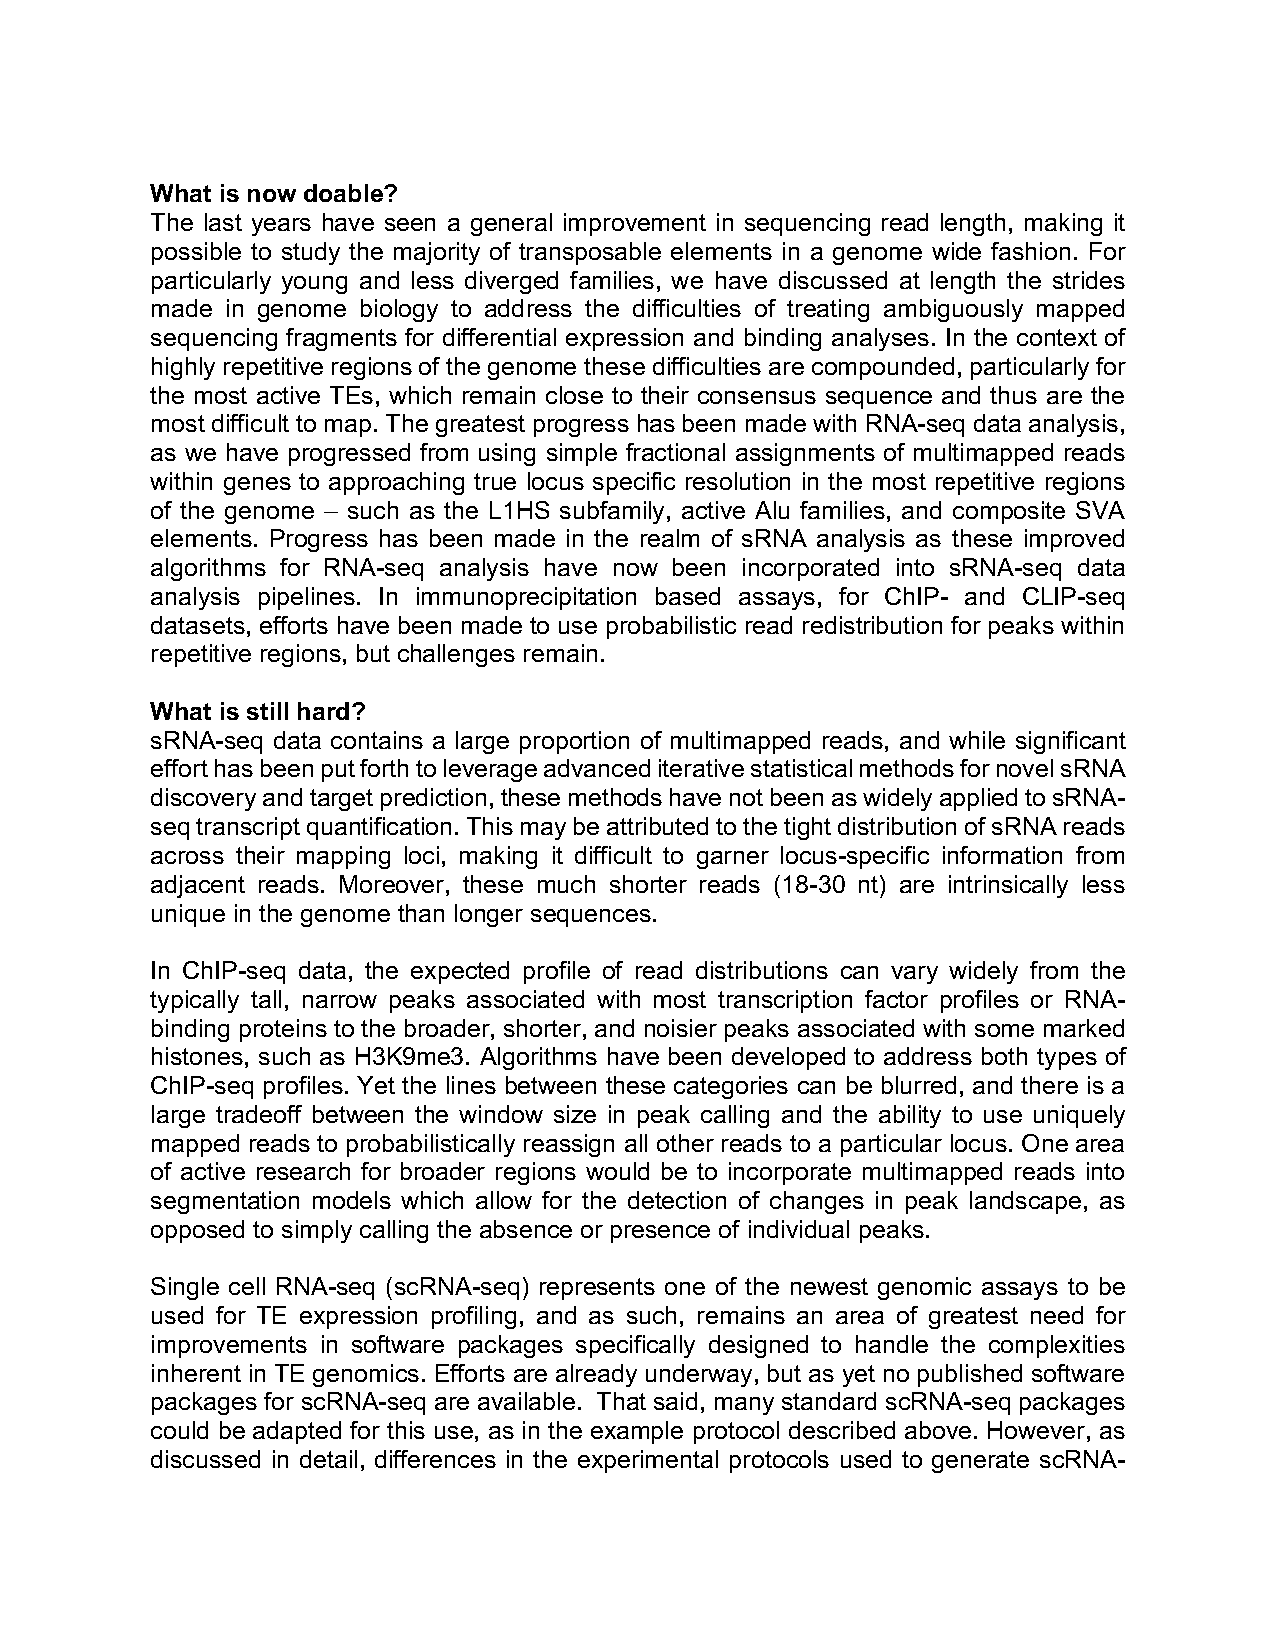
What is now doable?
 The last years have seen a general improvement in sequencing read length, making it
 possible to study the majority of transposable elements in a genome wide fashion. For
 particularly young and less diverged families, we have discussed at length the strides
 made in genome biology to address the difficulties of treating ambiguously mapped
 sequencing fragments for differential expression and binding analyses. In the context of
 highly repetitive regions of the genome these difficulties are compounded, particularly for
 the most active TEs, which remain close to their consensus sequence and thus are the
 most difficult to map. The greatest progress has been made with RNA-seq data analysis,
 as we have progressed from using simple fractional assignments of multimapped reads
 within genes to approaching true locus specific resolution in the most repetitive regions
 of the genome – such as the L1HS subfamily, active Alu families, and composite SVA
 elements. Progress has been made in the realm of sRNA analysis as these improved
 algorithms for RNA-seq analysis have now been incorporated into sRNA-seq data
 analysis pipelines. In immunoprecipitation based assays, for ChIP- and CLIP-seq
 datasets, efforts have been made to use probabilistic read redistribution for peaks within
 repetitive regions, but challenges remain.
 What is still hard?
 sRNA-seq data contains a large proportion of multimapped reads, and while significant
 effort has been put forth to leverage advanced iterative statistical methods for novel sRNA
 discovery and target prediction, these methods have not been as widely applied to sRNA-
 seq transcript quantification. This may be attributed to the tight distribution of sRNA reads
 across their mapping loci, making it difficult to garner locus-specific information from
 adjacent reads. Moreover, these much shorter reads (18-30 nt) are intrinsically less
 unique in the genome than longer sequences.
 In ChIP-seq data, the expected profile of read distributions can vary widely from the
 typically tall, narrow peaks associated with most transcription factor profiles or RNA-
 binding proteins to the broader, shorter, and noisier peaks associated with some marked
 histones, such as H3K9me3. Algorithms have been developed to address both types of
 ChIP-seq profiles. Yet the lines between these categories can be blurred, and there is a
 large tradeoff between the window size in peak calling and the ability to use uniquely
 mapped reads to probabilistically reassign all other reads to a particular locus. One area
 of active research for broader regions would be to incorporate multimapped reads into
 segmentation models which allow for the detection of changes in peak landscape, as
 opposed to simply calling the absence or presence of individual peaks.
 Single cell RNA-seq (scRNA-seq) represents one of the newest genomic assays to be
 used for TE expression profiling, and as such, remains an area of greatest need for
 improvements in software packages specifically designed to handle the complexities
 inherent in TE genomics. Efforts are already underway, but as yet no published software
 packages for scRNA-seq are available. That said, many standard scRNA-seq packages
 could be adapted for this use, as in the example protocol described above. However, as
 discussed in detail, differences in the experimental protocols used to generate scRNA-